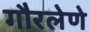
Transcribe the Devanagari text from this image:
गौरलेणे